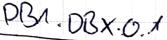
Text: DB1.DBX.0.1